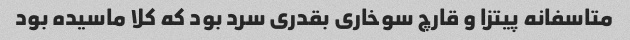
متاسفانه پیتزا و قارچ سوخاری بقدری سرد بود که کلا ماسیده بود